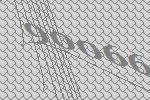
90066